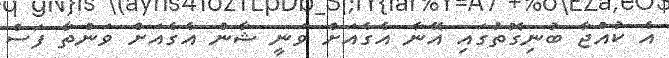
އެ ކުއްޖާ ބުނިގޮތުގައި އޭނާ އެގެއަށް ވަނީ ޝާން އެގެއަށް ވަންތާ ފަސް